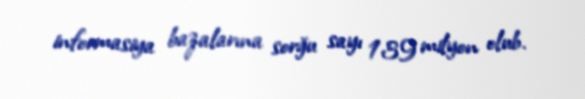
informasiya bazalarına sorğu sayı 139 milyon olub.